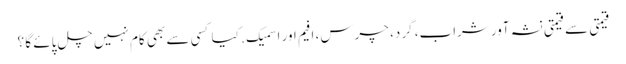
قیمتی سے قیمتی نشہ آور شراب، گرد، چرس، افیم اور اسمیک . کیا کسی سے بھی کام نہیں چل پائے گا ؟